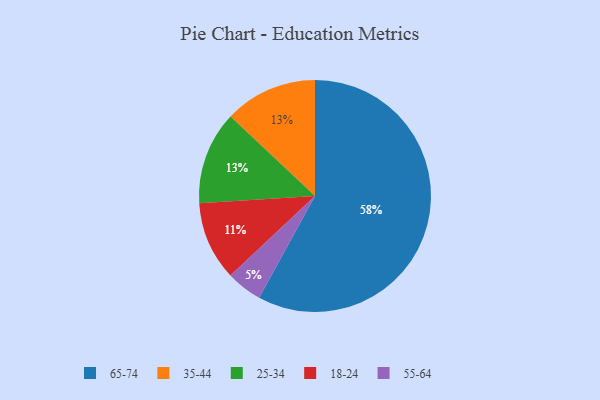
{"axis": {"x": "Category", "y": "Percentage"}, "legend": ["18-24", "25-34", "35-44", "55-64", "65-74"], "data": [{"x": "18-24", "y": 11, "type": "18-24"}, {"x": "35-44", "y": 13, "type": "35-44"}, {"x": "25-34", "y": 13, "type": "25-34"}, {"x": "55-64", "y": 5, "type": "55-64"}, {"x": "65-74", "y": 58, "type": "65-74"}]}